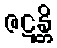
ဇဋန္တိ